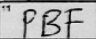
Transcription: PBF